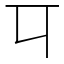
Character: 㔿